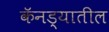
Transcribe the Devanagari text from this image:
कॅनड्यातील